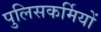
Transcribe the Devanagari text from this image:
पुलिसकर्मियों